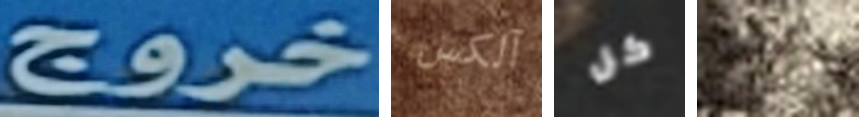
خروج آلكس كل قمتم